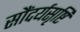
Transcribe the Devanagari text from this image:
सौंदर्यसृष्टि